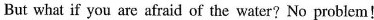
But what if you are afraid of the water?No problem!